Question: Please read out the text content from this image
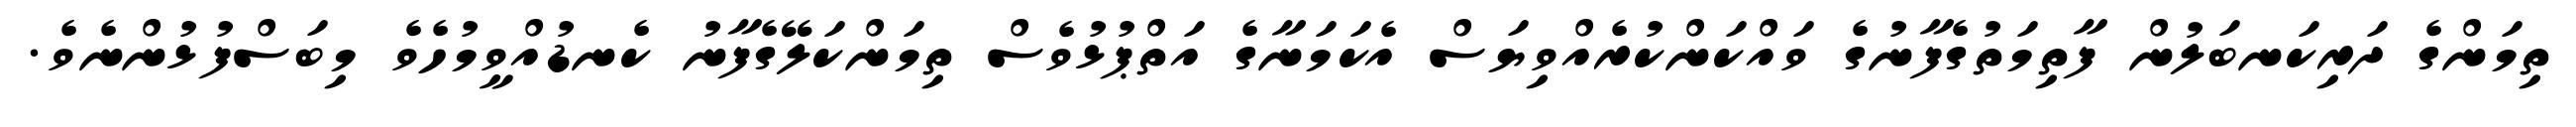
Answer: ތިމަންގެ ދަރިކަނބަލުން ފާތިމަތުގެފާނުގެ ވައްކަންކުރެއްވިޔަސް އެކަމަނާގެ އަތްޕުޅުވެސް ތިމަންކަލޭގެފާނު ކެނޑުއްވީމުހެވެ މިބަސްފުޅުންނެވެ.